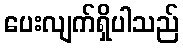
ပေးလျက်ရှိပါသည်